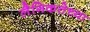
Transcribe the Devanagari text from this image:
लैगिकतेच्या